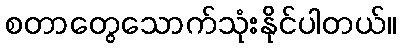
စတာတွေသောက်သုံးနိုင်ပါတယ်။